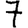
Digit: 7